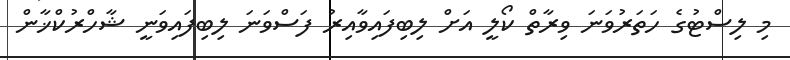
މި ލިސްޓުގެ ހަތަރުވަނަ ވިރާތް ކޯލީ އަށް ލިބިފައިވާއިރު ފަސްވަނަ ލިބިފައިވަނީ ޝާހްރުކްޚާން